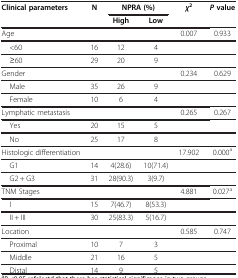
<table><thead><tr><td rowspan="2"><b>Clinical parameters</b></td><td rowspan="2"><b>N</b></td><td colspan="2"><b>NPRA (%)</b></td><td rowspan="2"><b><i>χ</i><sup>2</sup></b></td><td rowspan="2"><b><i>P </i>value</b></td></tr><tr><td><b>High</b></td><td><b>Low</b></td></tr></thead><tbody><tr><td>Age</td><td> </td><td> </td><td> </td><td>0.007</td><td>0.933</td></tr><tr><td> &lt;60</td><td>16</td><td>12</td><td>4</td><td> </td><td> </td></tr><tr><td> ≥60</td><td>29</td><td>20</td><td>9</td><td> </td><td> </td></tr><tr><td>Gender</td><td> </td><td> </td><td> </td><td>0.234</td><td>0.629</td></tr><tr><td> Male</td><td>35</td><td>26</td><td>9</td><td> </td><td> </td></tr><tr><td> Female</td><td>10</td><td>6</td><td>4</td><td> </td><td> </td></tr><tr><td>Lymphatic metastasis</td><td> </td><td> </td><td> </td><td>0.265</td><td>0.267</td></tr><tr><td> Yes</td><td>20</td><td>15</td><td>5</td><td> </td><td> </td></tr><tr><td> No</td><td>25</td><td>17</td><td>8</td><td> </td><td> </td></tr><tr><td>Histologic differentiation</td><td> </td><td> </td><td> </td><td>17.902</td><td>0.000<sup>a</sup></td></tr><tr><td> G1</td><td>14</td><td>4(28.6)</td><td>10(71.4)</td><td> </td><td> </td></tr><tr><td> G2 + G3</td><td>31</td><td>28(90.3)</td><td>3(9.7)</td><td> </td><td> </td></tr><tr><td>TNM Stages</td><td> </td><td> </td><td> </td><td>4.881</td><td>0.027<sup>a</sup></td></tr><tr><td> I</td><td>15</td><td>7(46.7)</td><td>8(53.3)</td><td> </td><td> </td></tr><tr><td> II + III</td><td>30</td><td>25(83.3)</td><td>5(16.7)</td><td> </td><td> </td></tr><tr><td>Location</td><td> </td><td> </td><td> </td><td>0.585</td><td>0.747</td></tr><tr><td> Proximal</td><td>10</td><td>7</td><td>3</td><td> </td><td> </td></tr><tr><td> Middle</td><td>21</td><td>16</td><td>5</td><td> </td><td> </td></tr><tr><td> Distal</td><td>14</td><td>9</td><td>5</td><td> </td><td> </td></tr></tbody></table>